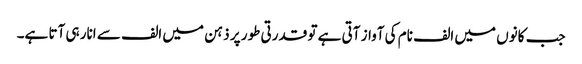
جب کانوں میں الف نام کی آواز آتی ہے تو قدرتی طور پر ذہن میں الف سے انار ہی آتا ہے۔